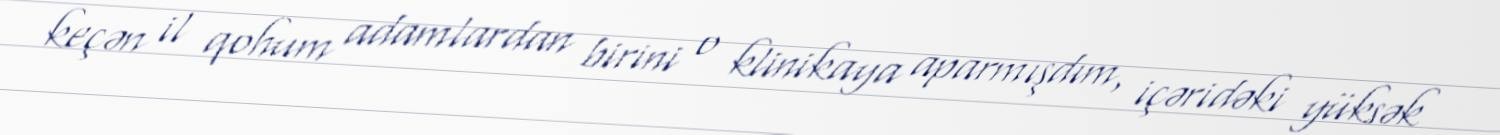
keçən il qohum adamlardan birini o klinikaya aparmışdım, içəridəki yüksək